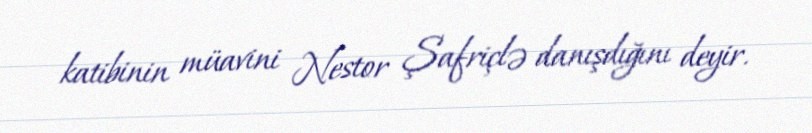
katibinin müavini Nestor Şafriçlə danışdığını deyir.